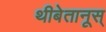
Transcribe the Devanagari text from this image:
थीबेतानूस्